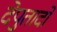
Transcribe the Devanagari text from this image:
देपुतादो